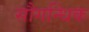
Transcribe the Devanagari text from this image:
सौगन्धिक